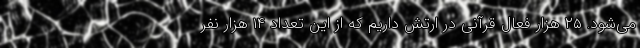
می‌شود. ۲۵ هزار فعال قرآنی در ارتش داریم که از این تعداد ۱۴ هزار نفر